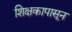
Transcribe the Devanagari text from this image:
शिक्षकापासून